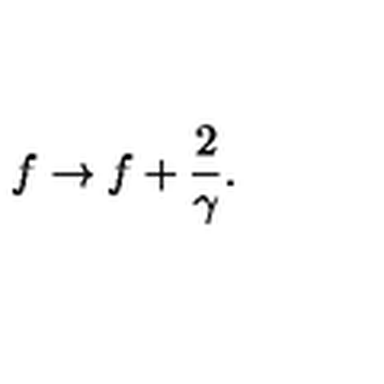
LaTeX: f \rightarrow f + \frac { 2 } { \gamma } .